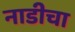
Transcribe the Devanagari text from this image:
नाडीचा